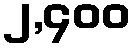
၂,၄၀၀